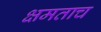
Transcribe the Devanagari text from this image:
क्षमताच